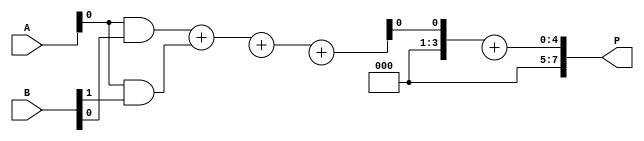
module unfolded_wallace_tree_multiplier #(parameter N = 4) (
    input  [N-1:0] A, // First operand
    input  [N-1:0] B, // Second operand
    output [2*N-1:0] P // Product output
);

    // Generate partial products
    wire [N-1:0] pp [0:N-1]; // Partial products array
    genvar i;
    generate
        for (i = 0; i < N; i = i + 1) begin : pp_gen
            assign pp[i] = A & {N{B[i]}}; // Generate N partial products
        end
    endgenerate

    // Carry Save Adder (CSA) to reduce partial products
    wire [N-1:0] sum [0:N-1]; // Sum outputs
    wire [N-1:0] carry [0:N-1]; // Carry outputs

    // Initial stage of CSA
    generate
        for (i = 0; i < N-1; i = i + 1) begin : csa_stage1
            if (i < N-1) begin
                assign {carry[0][i+1], sum[0][i]} = pp[i] + pp[i+1];
            end
        end
    endgenerate

    // Further stages of CSA
    genvar j;
    generate
        for (j = 1; j < N-1; j = j + 1) begin : csa_reduction
            for (i = 0; i < N-1-j; i = i + 1) begin : csa_inner
                assign {carry[j][i+1], sum[j][i]} = sum[j-1][i] + carry[j-1][i];
            end
        end
    endgenerate

    // Final addition stage
    wire [2*N-1:0] final_sum; // Final sum
    wire [2*N-1:0] final_carry; // Final carry

    assign final_sum = {1'b0, sum[N-2]} + {1'b0, carry[N-2]}; // Final addition of last CSA outputs

    // Assign final product output
    assign P = final_sum;

endmodule